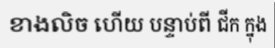
ខាងលិច ហើយ បន្ទាប់ពី ជីក ក្នុង